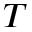
T